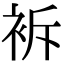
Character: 𧙝